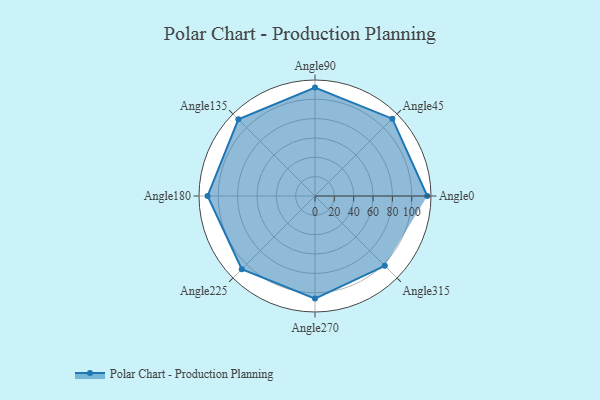
{"axis": {"x": "Angle", "y": "Radius"}, "legend": [""], "data": [{"x": "Angle0", "y": 116.0, "type": ""}, {"x": "Angle45", "y": 113.0, "type": ""}, {"x": "Angle90", "y": 112.0, "type": ""}, {"x": "Angle135", "y": 112.0, "type": ""}, {"x": "Angle180", "y": 111.0, "type": ""}, {"x": "Angle225", "y": 107.0, "type": ""}, {"x": "Angle270", "y": 106.0, "type": ""}, {"x": "Angle315", "y": 102.0, "type": ""}]}